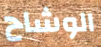
الوشاح